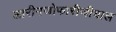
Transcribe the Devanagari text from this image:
लारीनजोफारीजीयाल